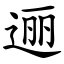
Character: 逦